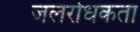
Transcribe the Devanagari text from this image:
जलरोधकता